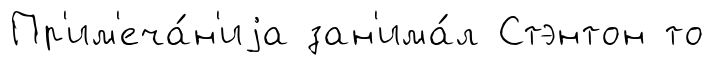
Пр'им'еча́н'иjа зан'има́л Стэнтон то